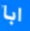
ابا